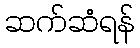
ဆက်ဆံရန်